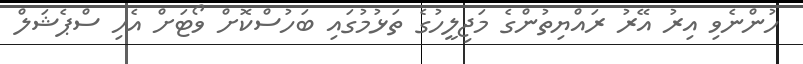
ހުންނެވި އިރު އޭރު ރައްޔިތުންގެ މަޖިލީހުގެ ތަޅުމުގައި ބަހުސްކޮށް ވޯޓަށް އެހި ސްޕެޝަލް